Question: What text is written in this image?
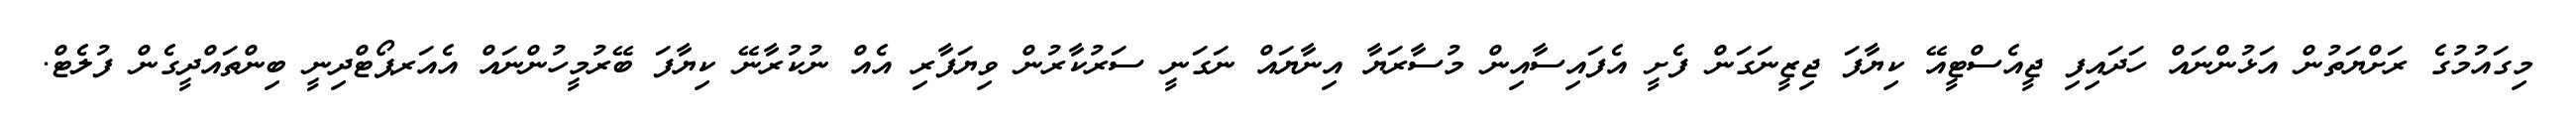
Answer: މިގައުމުގެ ރަށްޔަތުން އަޅުންނައް ހަދައިފި ޖީއެސްޓީއޭ ކިޔާފަ ޖިޒީނަގަން ފެށީ އެފައިސާއިން މުސާރަޔާ އިނާޔައް ނަގަނީ ސަރުކާރުން ވިޔަފާރި އެއް ނުކުރާނޭ ކިޔާފަ ބޭރުމީހުންނައް އެއަރޕޯޓްދިނީ ބިންތައްދީގެން ފުލެޓް.